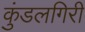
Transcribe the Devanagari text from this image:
कुंडलगिरी